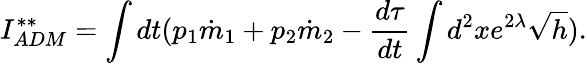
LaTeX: I_{ADM}^{**}=\int dt(p_{1}\dot{m}_{1}+p_{2}\dot{m}_{2}-\frac{d\tau}{dt}\int d^{2}xe^{2\lambda}\sqrt{h}).